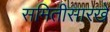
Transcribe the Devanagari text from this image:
समितीसारखे